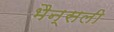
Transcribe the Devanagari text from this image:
भैन्सली